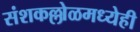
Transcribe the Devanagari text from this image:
संशकल्लोळमध्येही